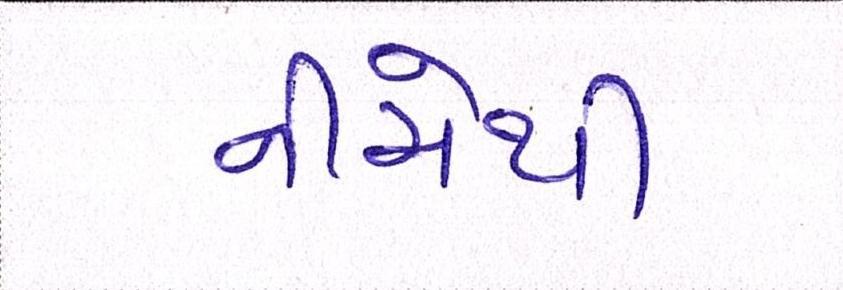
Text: નીચેથી